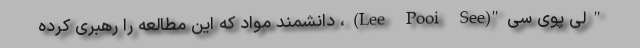
"لی پوی سی"(Lee Pooi See)، دانشمند مواد که این مطالعه را رهبری کرده